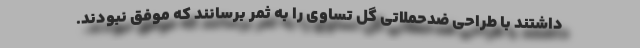
داشتند با طراحی ضدحملاتی گل تساوی را به ثمر برسانند که موفق نبودند.